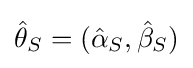
{\hat {\theta }}_{S}=({\hat {\alpha }}_{S},{\hat {\beta }}_{S})